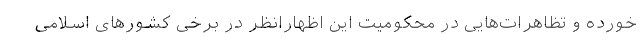
خورده و تظاهرات‌هایی در محکومیت این اظهارانظر در برخی کشورهای اسلامی